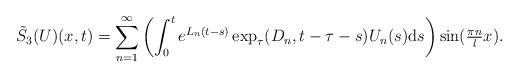
LaTeX: \begin{align*} \tilde{S}_{3}(U)(x, t) = \sum_{n = 1}^{\infty} \left(\int_{0}^{t} e^{L_{n} (t - s)} \exp_{\tau}(D_{n}, t - \tau - s) U_{n}(s) \mathrm{d}s\right) \sin(\tfrac{\pi n}{l} x). \end{align*}